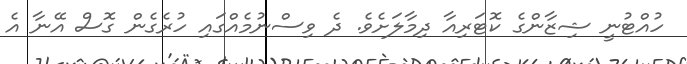
ހުއްޓުނީ ޝިޒާންގެ ކޮޓަރިއާ ދިމާލަށެވެ. ދެ ވިސްނުމެއްގައި ހުރެގެން ގޮސް އޭނާ އެ